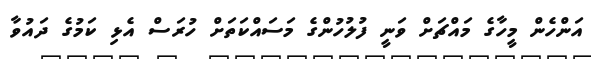
އަންހެން މީހާގެ މައްޗަށް ވަނީ ފުލުހުންގެ މަސައްކަތަށް ހުރަސް އެޅި ކަމުގެ ދައުވާ